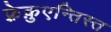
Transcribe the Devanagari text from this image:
फ़्रेक़ुएन्तिस्त